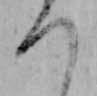
つ